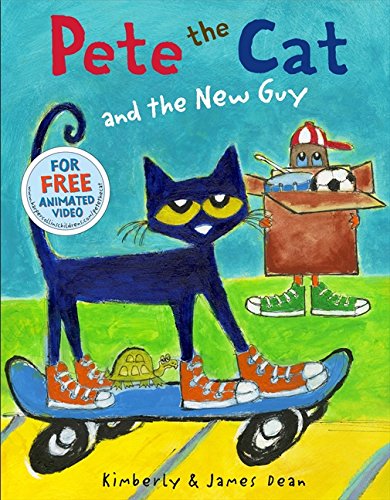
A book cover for Pete the Cat and the New Guy; James Dean; Children's Books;